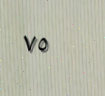
٧٥